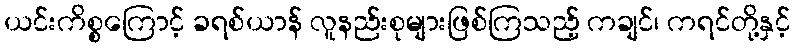
ယင်းကိစ္စကြောင့် ခရစ်ယာန် လူနည်းစုများဖြစ်ကြသည့် ကချင်၊ ကရင်တို့နှင့်